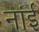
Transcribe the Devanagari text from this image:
नांई